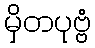
မှိတပုဗ္ဗံ